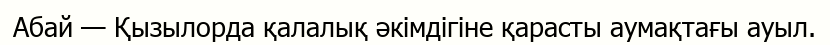
Абай — Қызылорда қалалық әкімдігіне қарасты аумақтағы ауыл.